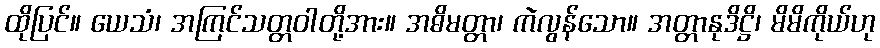
ထိုပြင်။ ယေသံ၊ အကြင်သတ္တဝါတို့အား။ အဓိမတ္တာ၊ ကဲလွန်သော။ အတ္တာနုဒိဋ္ဌိ၊ မိမိကိုယ်ဟု